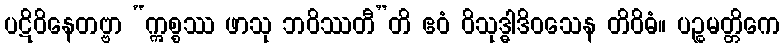
ပဋိဝိနေတဗ္ဗာ “ဣစ္စဿ ဖာသု ဘဝိဿတီ”တိ ဧဝံ ဝိသုဒ္ဓါဒိဝသေန တိဝိဓံ။ ပဉ္စမတ္တိကေ